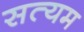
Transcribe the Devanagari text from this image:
सत्यम